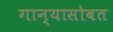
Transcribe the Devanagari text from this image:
गान्यासोबत